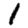
Digit: 1